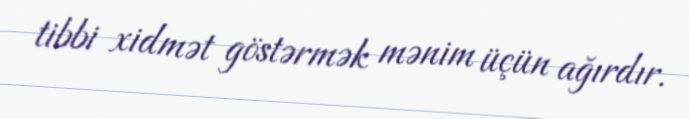
tibbi xidmət göstərmək mənim üçün ağırdır.